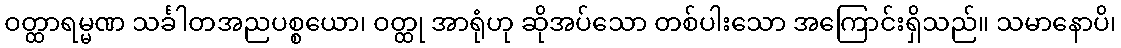
ဝတ္ထာရမ္မဏ သင်္ခါတအညပစ္စယော၊ ဝတ္ထု အာရုံဟု ဆိုအပ်သော တစ်ပါးသော အကြောင်းရှိသည်။ သမာနောပိ၊